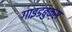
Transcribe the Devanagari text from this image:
गाइडबुक्स